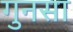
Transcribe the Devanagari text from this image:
गुनसा